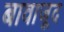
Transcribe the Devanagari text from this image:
बावाजूद